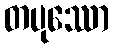
တပုဿော